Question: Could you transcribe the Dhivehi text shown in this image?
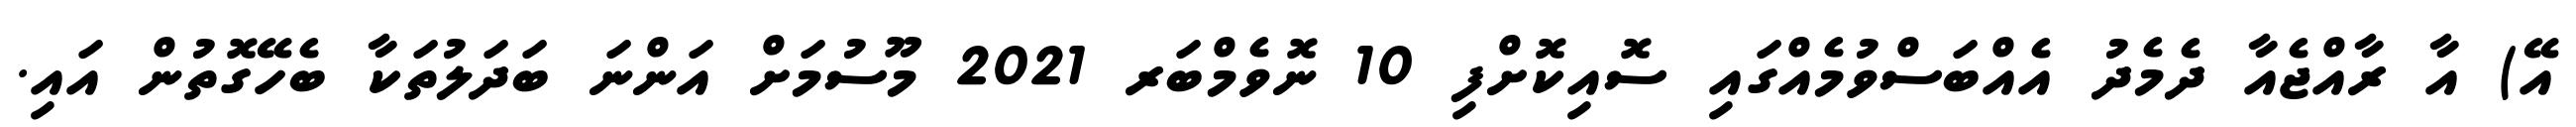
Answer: އޭ) އާ ރާއްޖެއާ ދެމެދު އެއްބަސްވުމެއްގައި ސޮއިކޮށްފި 10 ނޮވެމްބަރ 2021 މޫސުމަށް އަންނަ ބަދަލުތަކާ ބެހޭގޮތުން އައި.